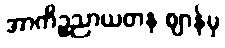
အာကိဉ္စညာယတန ဈာန်မှ